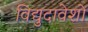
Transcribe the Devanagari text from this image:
विद्युदावेशों